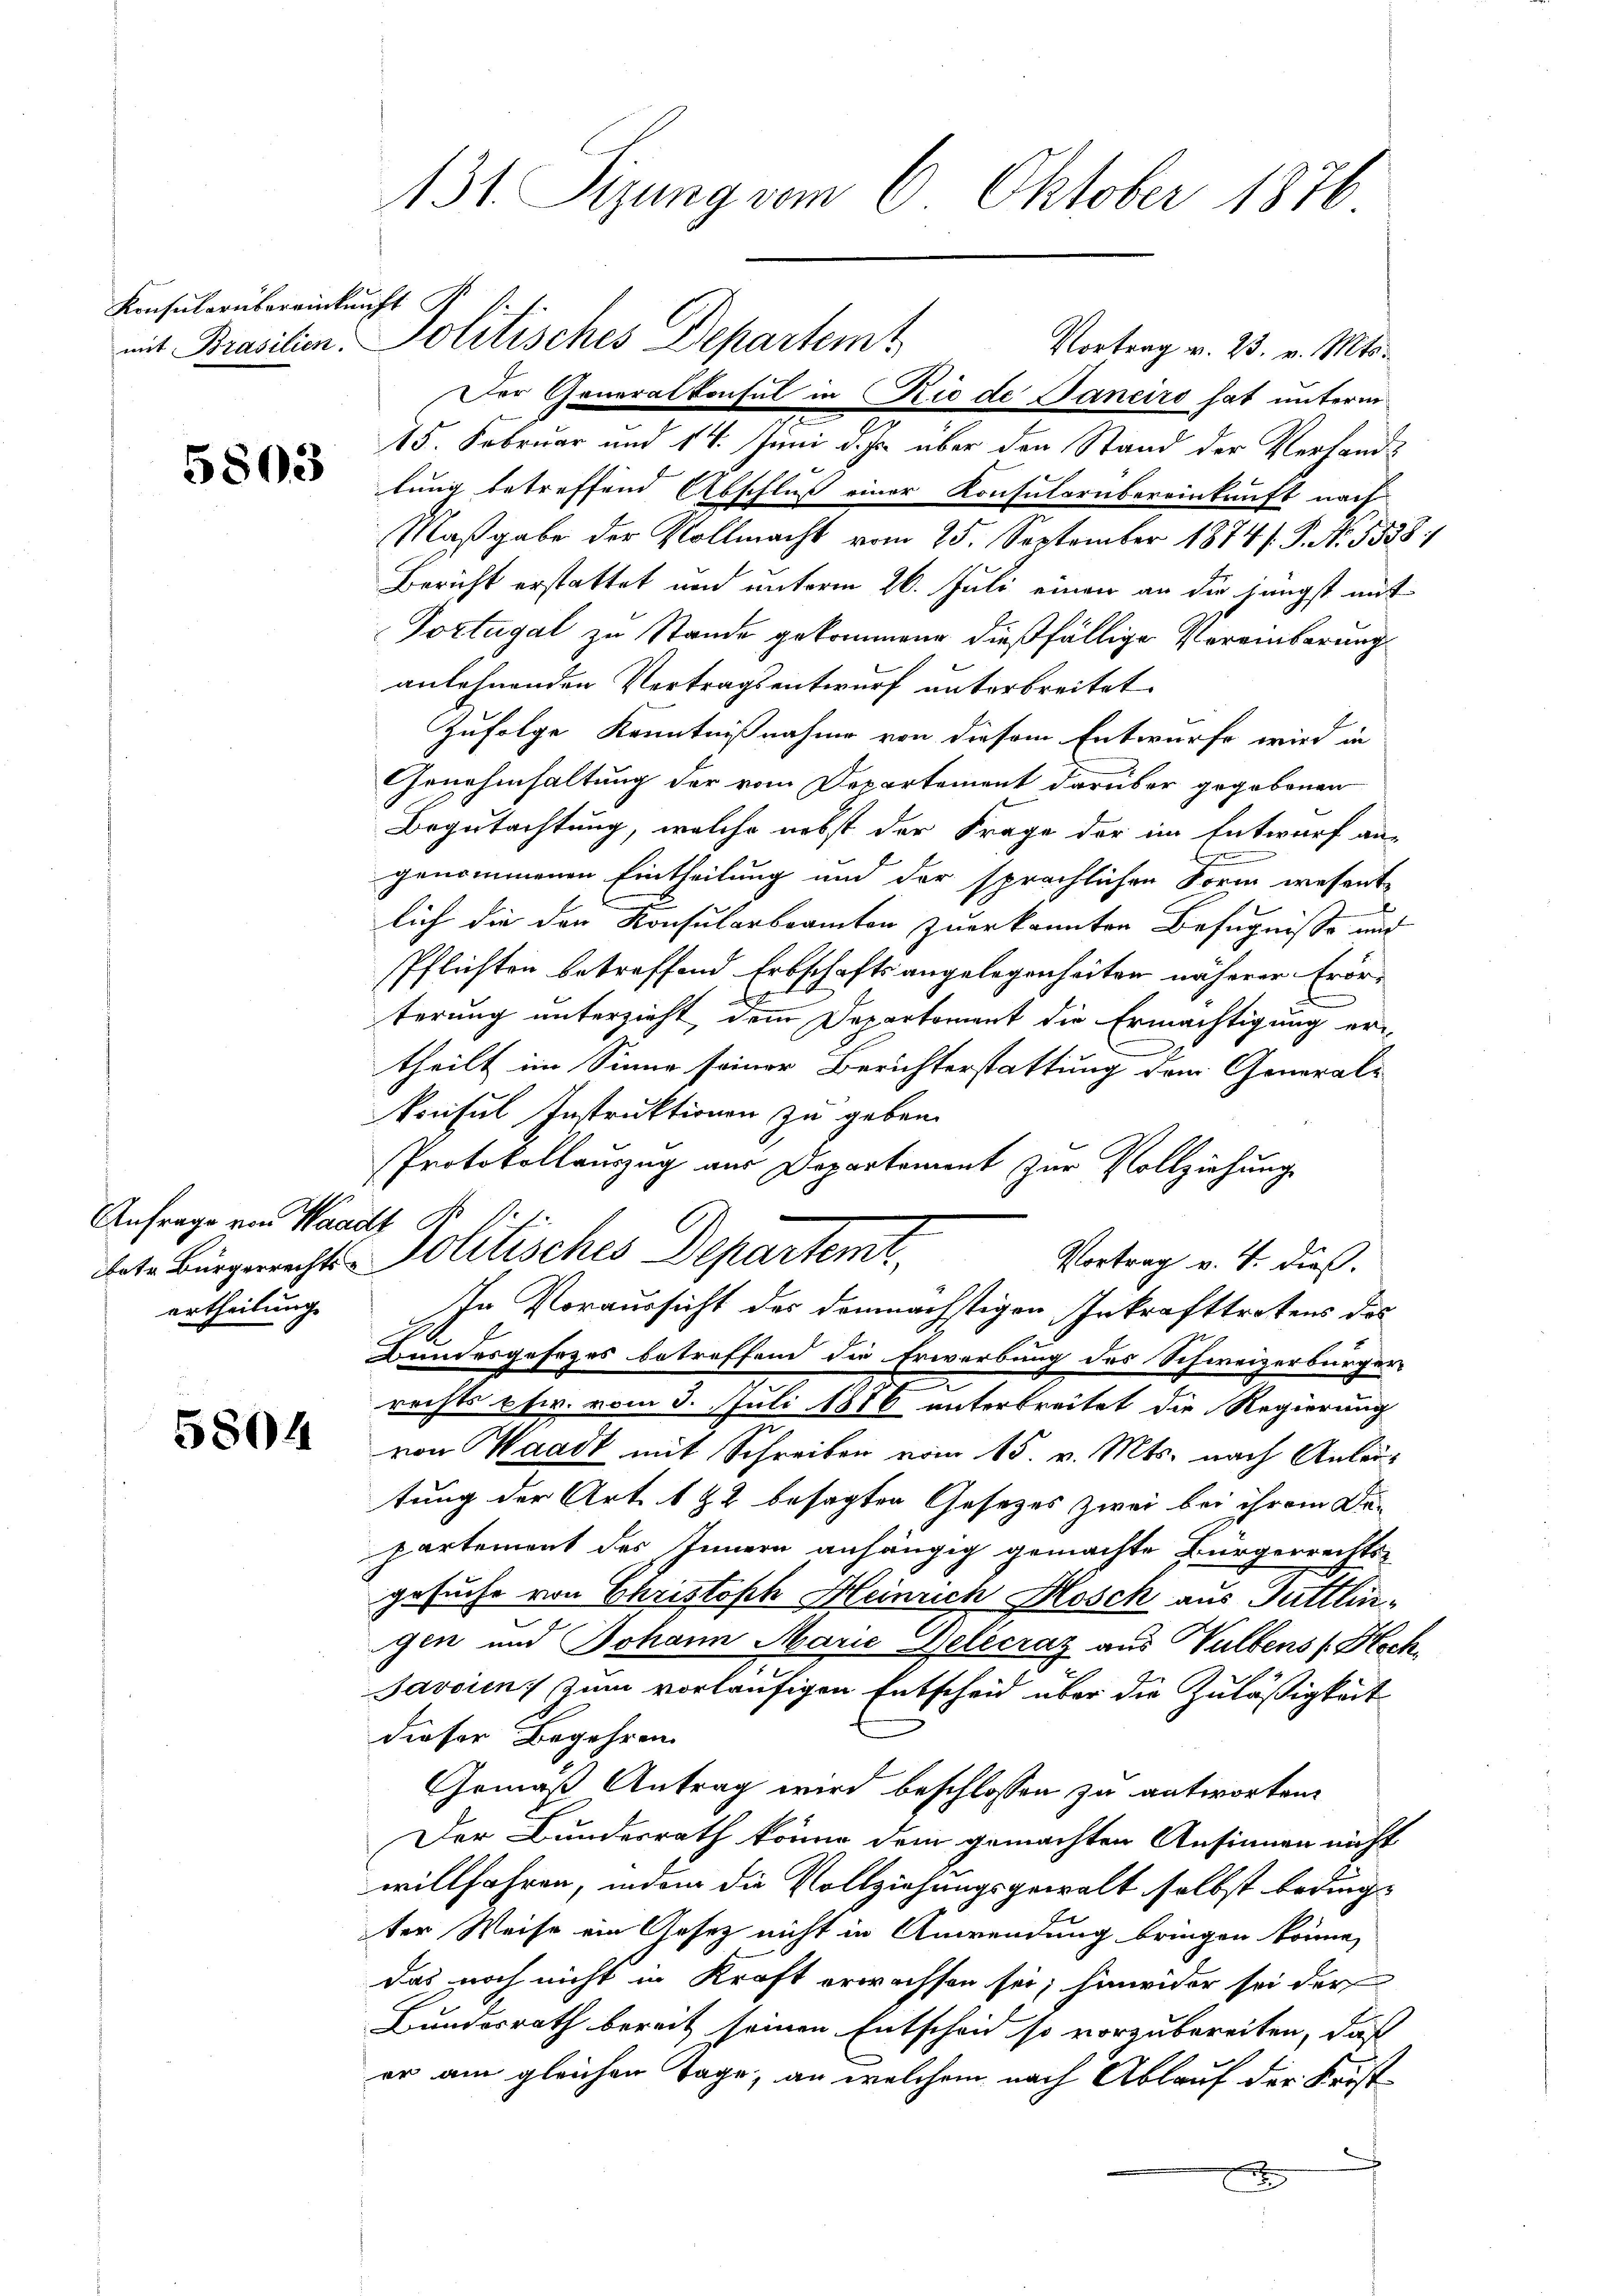
Konsularübereinkunft
mit Brasilien.

5803

Anfrage von Waar
bote Bürgerrechts
ertheilung.

5804

131. Sizung vom 6. Oktober 1876

Vortrag v. 23. v. Mts.
Der Generalkonsul in Rio de Janeiro hat unterm
15. Februar und 14. Juni d. Js. über den Stand der Verhandlung betreffend Abschluß einer Konsularübereinkunft nach
Maßgabe der Vollmacht vom 25. September 1874. S. Nr. 5558
Bericht erstattet und unterm 26. Juli einen an die jüngst mit
Portugal zu Stande gekommene dießfällige Vereinberung
anlehnenden Vertragsentwurf unterbreitet.
Zufolge Kenntnißnahme von diesem Entwurfe wird in
Genehmhaltung der vom Departement darüber gegebenen
Begutachtung, welche nebst der Frage der im Entwurf an-
genommenen Eintheilung und der sprachlichen Form wesent-
lich die den Konsularbeamten zuerkannten Befugnisse au
Pflichten betreffend Erbschaftsangelegenheiten näherer Erör-
.
terung unterzieht, dem Departement die Ermächtigung ertheilt im Sinne seiner Berichterstattung dem General-
konsul Instruktionen zu geben.
Protokollauszug aus Departement zur Vollziehung
politisches Departent,
Vortrag v. 4. dies
In Voraussicht des demnächstigen Inkrafttretens des
Bundesgesezes betreffend die Erwerbung des Schweizerbürger-
rechts ptr. vom 3. Juli 1886 unterbreitet die Regierung
von Waadt mit Schreiben vom 15. v. Mts. nach Anlautung der Art. 122 besagten Gesetzes zwei bei ihrem Dapartement des Innern anhängig gemachte Bürgerrechts-
gesuche von Christoph Heinrich Hosch aus Tuttligen und Johann Marie Gelecraz aus ultens (Hech
Javoin; zum vorläufigen Entscheid über die Zuläßigkeit
dieser Begehren.
Gemäß Antrag wird beschlossen zu antworten
Der Bundesrath könne dem gemachten Ansinnen nicht
willfahren, indem die Vollziehungsgewalt selbst beding-
ter Weise ein Gesetz nicht in Anwendung bringen könne,
das noch nicht in Kraft erwachsen sei; hinwider sei der
Bundesrath bereit seinen Entscheid so vorzubereiten, daß
er am gleichen Tage, an welchem nach Ablauf der Frist
x
A

Politisches Departem